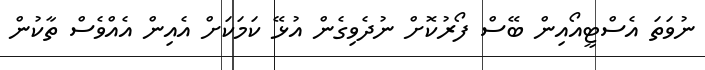
ނުވަތަ އެސްޓީއޯއިން ބޭސް ފޯރުކޮށް ނުދެވިގެން އުޅޭ ކަމަކަށް އެއިން އެއްވެސް ތާކުން